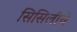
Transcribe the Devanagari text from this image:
सिसिलींचे